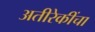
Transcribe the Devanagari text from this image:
अतीरेकींचा